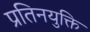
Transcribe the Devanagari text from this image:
प्रतिनयुक्ति